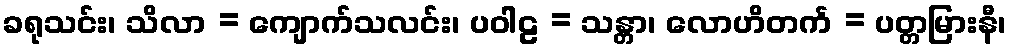
ခရုသင်း၊ သိလာ = ကျောက်သလင်း၊ ပဝါဠ = သန္တာ၊ လောဟိတင်္က = ပတ္တမြားနီ၊